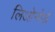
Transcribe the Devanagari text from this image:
लिओनोर्ड